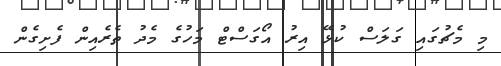
މި މެޗުގައި ގަލަސް ކުޅޭ އިރު އޯގަސްޓް މަހުގެ މެދު ތެރެއިން ފެށިގެން